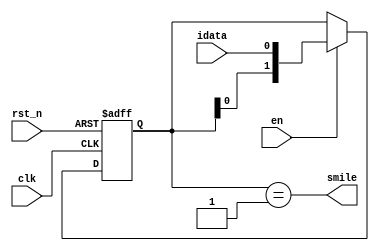

// Moore FSM with optimized states codes
module fsm_moore_osc
(
    input  clk,
    input  rst_n,
    input  en,
    input  idata,
    output smile
);
    parameter [1:0] S_RESET = 2'b00,
                    S_SMILE = 2'b01;

    reg  [1:0] state;
    wire [1:0] next_state;

    // State register
    always @ (posedge clk or negedge rst_n)
        if (! rst_n)
            state <= S_RESET;
        else if (en)
            state <= next_state;

    // Next state logic (shift register!)
    assign next_state = { state[0], idata };

    // Output logic based on current state
    assign smile = (state == S_SMILE);

endmodule